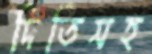
দিতিসহ